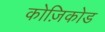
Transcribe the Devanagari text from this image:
कोज़िकोड